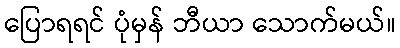
ပြောရရင် ပုံမှန် ဘီယာ သောက်မယ်။